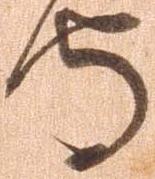
守